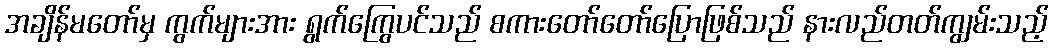
အချိန်မတော်မှ ကွက်များအား ရွက်ကြွေပင်သည် စကားတော်တော်ပြောဖြစ်သည် နားလည်တတ်ကျွမ်းသည့်